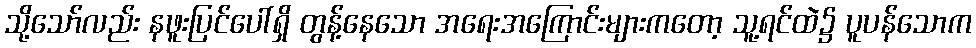
သို့သော်လည်း နဖူးပြင်ပေါ်ရှိ တွန့်နေသော အရေးအကြောင်းများကတော့ သူ့ရင်ထဲ၌ ပူပန်သောက